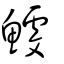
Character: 鰬